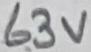
Text: 63V